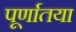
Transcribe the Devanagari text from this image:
पूर्णातया